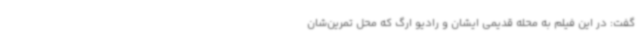
گفت: در این فیلم به محله قدیمی ایشان و رادیو ارگ که محل تمرین‌شان